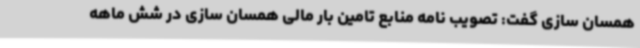
همسان سازی گفت: تصویب نامه منابع تامین بار مالی همسان سازی در شش ماهه